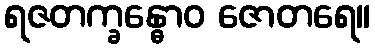
ရဇတက္ခန္ဓောဝ ဇောတရေ။